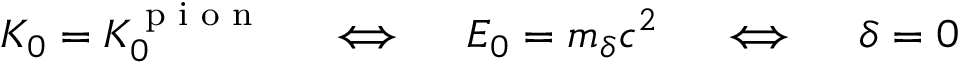
K _ { 0 } = K _ { 0 } ^ { \textrm { p i o n } } \quad \iff \quad E _ { 0 } = m _ { \delta } c ^ { 2 } \quad \iff \quad \delta = 0